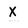
Character: X